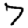
Digit: 7